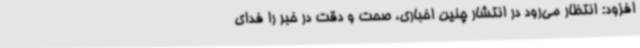
افزود: انتظار می‌رود در انتشار چنین اخباری، صحت و دقت در خبر را فدای